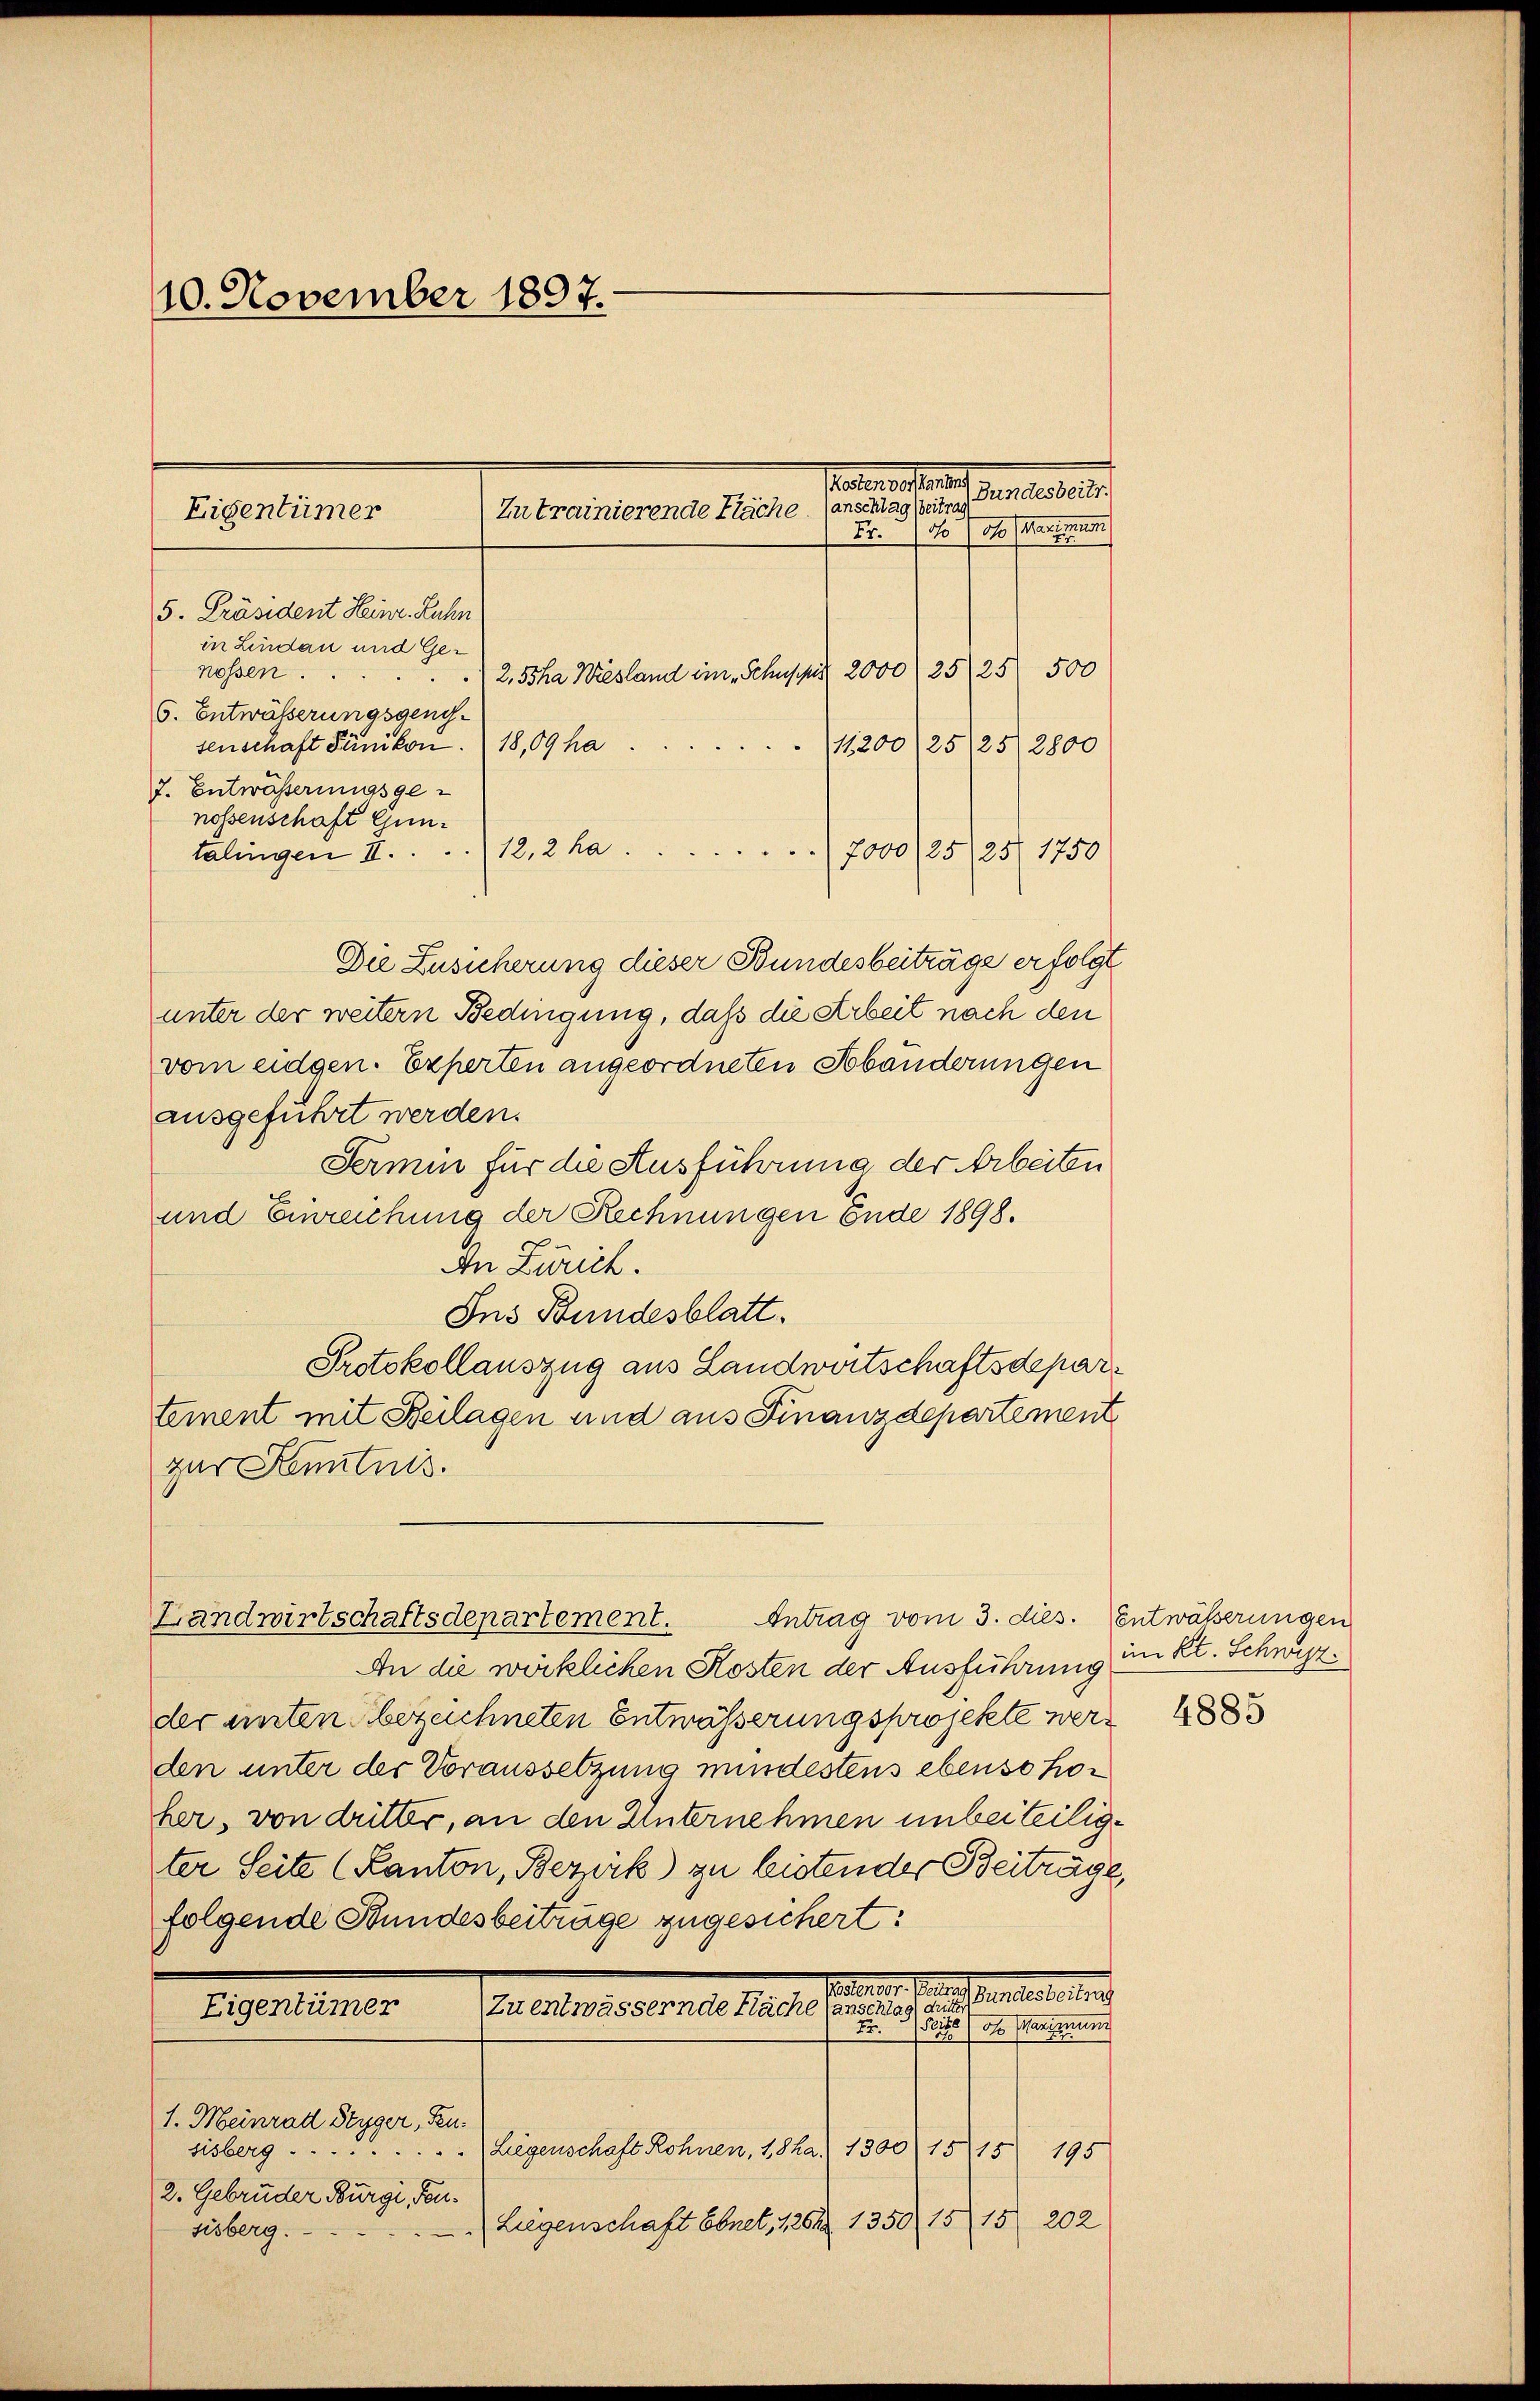
10. November 1897.

Zu trainierende Fläche. (anschlag beitra
Fr. 7 d. 1 d (Wanzmitt
5. Präsident Heinr. Zuhn
in Lindau und Ge¬
500
25/25
nossen.
2, Ssha Wiesland im „Schuppis 2000
6. Entwäßerungsgengsenschaft Pänikon. 18,09 ha
(11,200/25/2512800
7. Entwässerungsge-
nossenschaft Gun¬
12,2 ha
7000 /25/25/ 1750)
talingen II.
Die Zusicherung dieser Bundesbeiträge erfolgt
unter der weitern Bedingung, daß die Arbeit nach den
vom eidgen. Experten angeordneten Abänderungen
ausgeführt werden.
Fermin für die Ausführung der Arbeiten
und Einreichung der Rechnungen Ende 1898.
An Zürich.
Ins Bundesblatt.
Protokollauszug aus Landwirtschaftsdepartement mit Beilagen und aus Finanzdepartement
par Kenntnis.
Antrag vom 3. dies. Entwäßerungen
Landwirtschaftsdepartement.
An die wirklichen Kosten der Ausführung
der unten bezeichneten Entwässerungsprojekte werd
den unter der Voraussetzung mindestens ebenso hoher, von dritter, an den Unternehmen unbeiteiligter Seite (Kanton, Bezirk zu bistender Beiträge,
folgende Bundesbeiträge zugesichert:
Seiterner Seiten bereiteres nic
(Zu entwässernde Fläche sanschlage eine eine
Eigentümer
 ohe Maximung
1. Meinrad Styger, u.
sisberg . . . . . . . . . Liegenschaft Rohnen, 18 ha 1300) 1515
195
2. Gebrüder Burgi, Fen¬
Liegenschaft Ebnet, 1262. 1350, 1515 202
sisberg.

Eigentümer

Parteilung

Bundesbeitr.

im Kt. Schwist